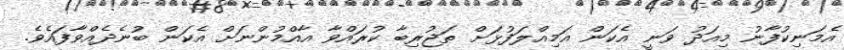
އެމަނިކުފާނު މިއަދު ވަނީ އެކަން އަމިއްލަފުޅަށް ތަޖުރިބާ ކުރައްވާ އާއްމުންނަށް އެކަން ބުނެދެއްވާފައެވެ.